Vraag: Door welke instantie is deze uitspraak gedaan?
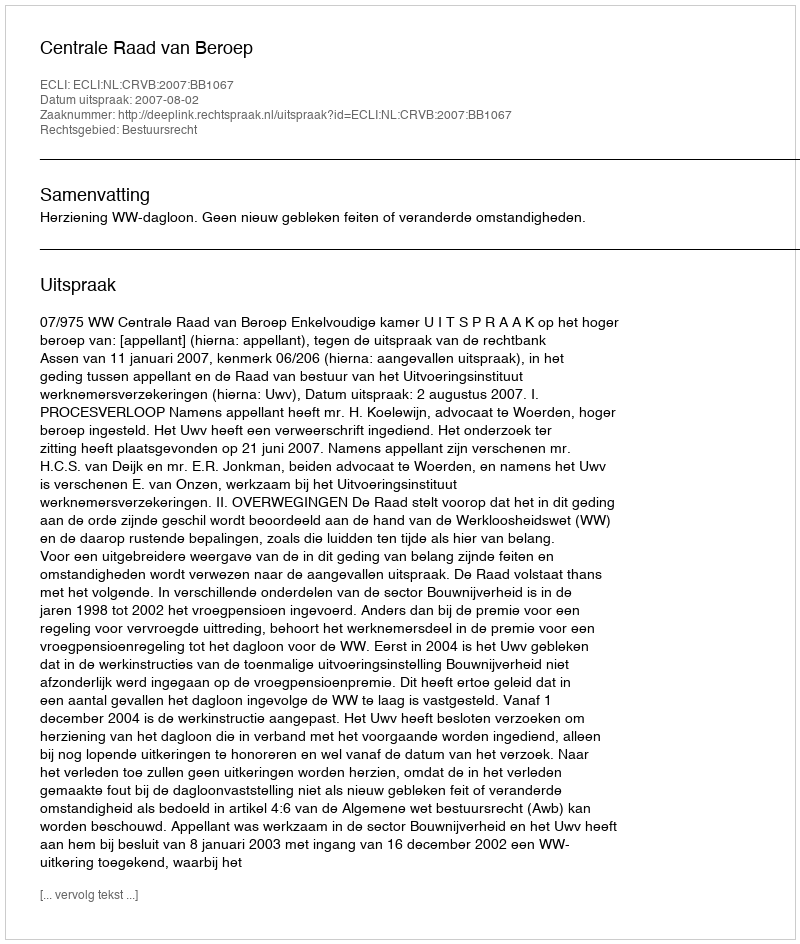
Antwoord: Centrale Raad van Beroep